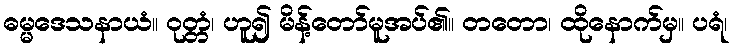
ဓမ္မဒေသနာယံ။ ဝုတ္တံ၊ ဟူ၍ မိန့်တော်မူအပ်၏။ တတော၊ ထိုနောက်မှ။ ပရံ၊